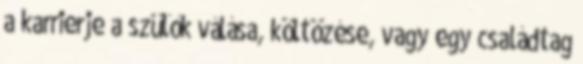
a karrierje a szülők válása, költözése, vagy egy családtag